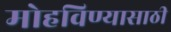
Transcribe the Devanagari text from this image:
मोहविण्यासाठी